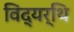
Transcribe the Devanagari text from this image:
विद्यर्थि